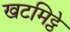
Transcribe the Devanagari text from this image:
खटमिट्ठे